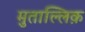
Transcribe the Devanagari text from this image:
मुताल्लिक़